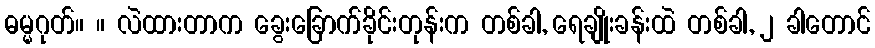
ဓမ္မဂုတ်။ ။ လဲထားတာက ခွေးခြောက်ခိုင်းတုန်းက တစ်ခါ, ရေချိုးခန်းထဲ တစ်ခါ, ၂ ခါတောင်